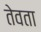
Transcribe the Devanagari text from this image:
तेवता